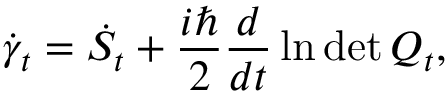
\dot { \gamma } _ { t } = \dot { S } _ { t } + \frac { i \hbar } { 2 } \frac { d } { d t } \ln \operatorname* { d e t } Q _ { t } ,